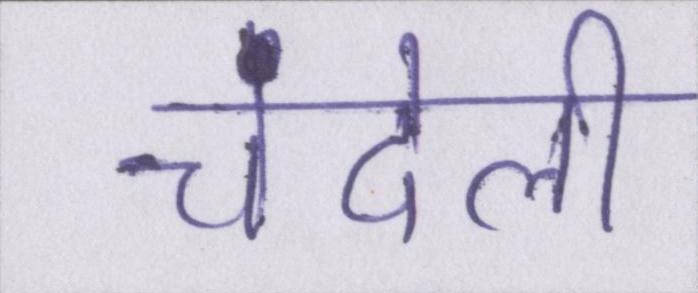
चंदेली